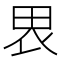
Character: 𰢼